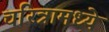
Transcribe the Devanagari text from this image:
चरित्रामध्ये